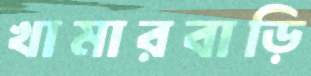
খামারবাড়ি